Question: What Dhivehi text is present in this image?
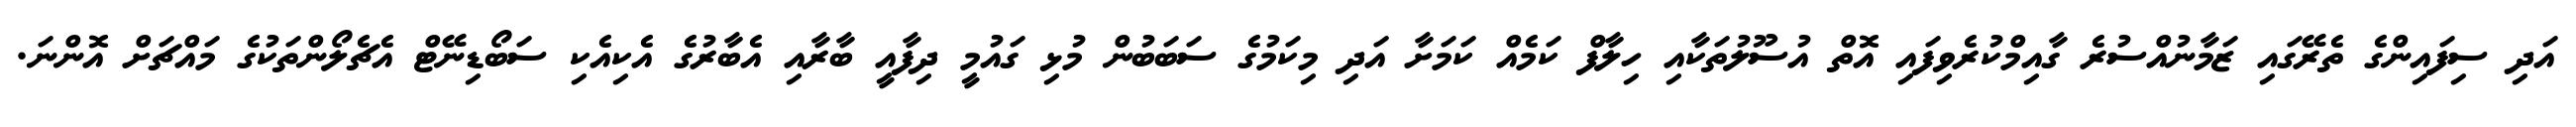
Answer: އަދި ސިފައިންގެ ތެރޭގައި ޒަމާނުއްސުރެ ގާއިމްކުރެވިފައި އޮތް އުސޫލުތަކާއި ހިލާފް ކަމެއް ކަމަށާ އަދި މިކަމުގެ ސަބަބުން މުޅި ގައުމީ ދިފާއީ ބާރާއި އެބާރުގެ އެކިއެކި ސަބޯޑިނޭޓް އެޗެލޯންތަކުގެ މައްޗަށް އޮންނަ.